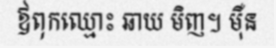
ឪពុកឈ្មោះ ឆាយ មិញ។ ម៉ឺន